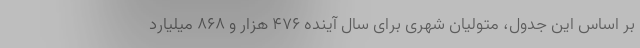
بر اساس این جدول، متولیان شهری برای سال آینده ۴۷۶ هزار و ۸۶۸ میلیارد